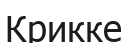
Крикке